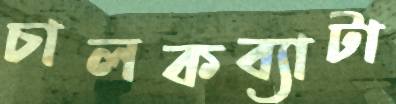
চালকব্যাটা